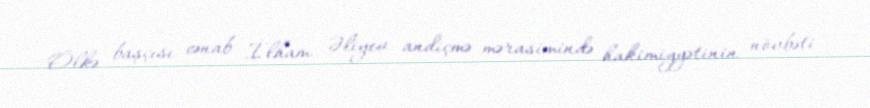
Ölkə başçısı cənab İlham Əliyev andiçmə mərasimində hakimiyyətinin növbəti